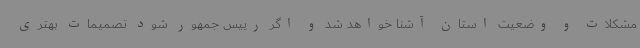
مشکلات و وضعیت استان آشنا خواهد شد و اگر رییس جمهور شود تصمیمات بهتری